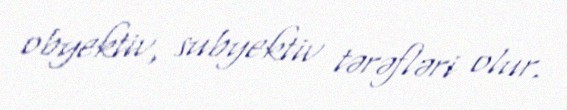
obyektiv, subyektiv tərəfləri olur.